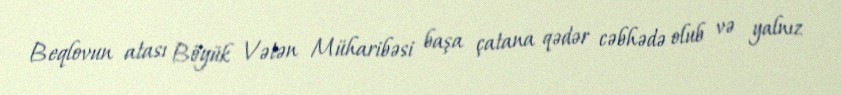
Beqlovun atası Böyük Vətən Müharibəsi başa çatana qədər cəbhədə olub və yalnız